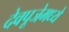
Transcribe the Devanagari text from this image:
देवपूजेमध्ये